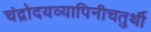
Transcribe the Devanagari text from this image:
चंद्रोदयव्यापिनीचतुर्थी